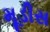
મૂડીસ